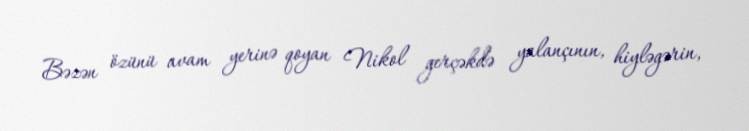
Bəzən özünü avam yerinə qoyan Nikol gerçəkdə yalançının, hiyləgərin,